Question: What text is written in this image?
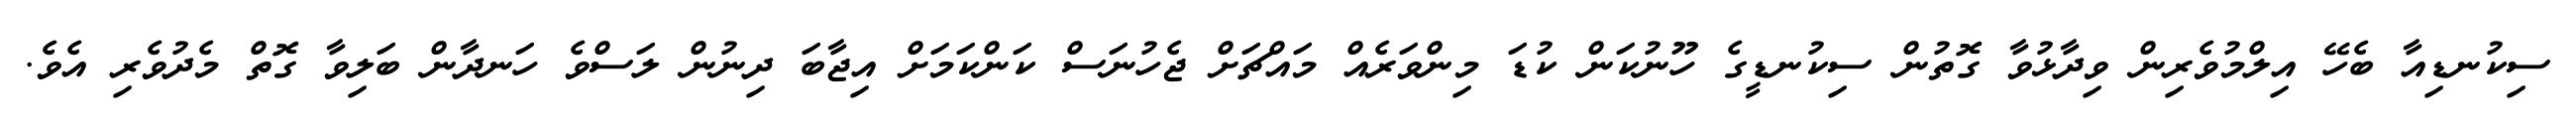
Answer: ސިކުނޑިއާ ބެހޭ އިލްމުވެރިން ވިދާޅުވާ ގޮތުން ސިކުނޑީގެ ހޫނުކަން ކުޑަ މިންވަރެއް މައްޗަށް ޖެހުނަސް ކަންކަމަށް އިޖާބަ ދިނުން ލަސްވެ ހަނދާން ބަލިވާ ގޮތް މެދުވެރި އެވެ.